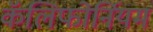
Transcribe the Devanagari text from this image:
कॅलिफोर्नियम